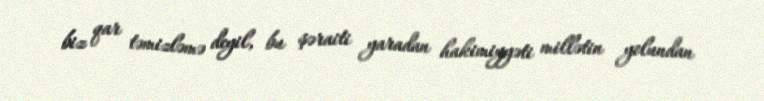
biz qar təmizləmə deyil, bu şəraiti yaradan hakimiyyəti millətin yolundan